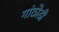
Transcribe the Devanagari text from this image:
गांठोडी